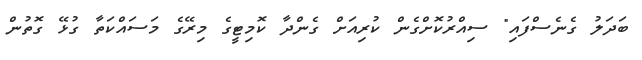
ބަދަލު ގެނެސްފައި" ސިއްރުކޮށްގެން ކުރިއަށް ގެންދާ ކޮމިޓީގެ މިރޭގެ މަސައްކަތާ ގުޅޭ ގޮތުން